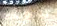
رودولف